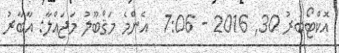
އޮކްޓޯބަރު 30